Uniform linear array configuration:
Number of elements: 48
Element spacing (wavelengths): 0.25
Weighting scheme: hann
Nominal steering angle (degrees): -60
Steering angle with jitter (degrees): -61.833
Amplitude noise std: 0.05
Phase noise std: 0.05

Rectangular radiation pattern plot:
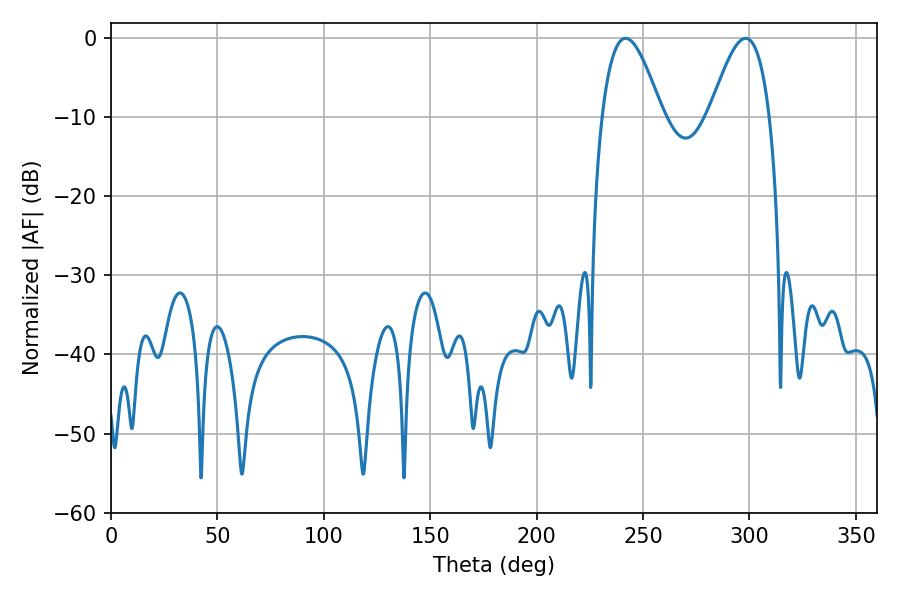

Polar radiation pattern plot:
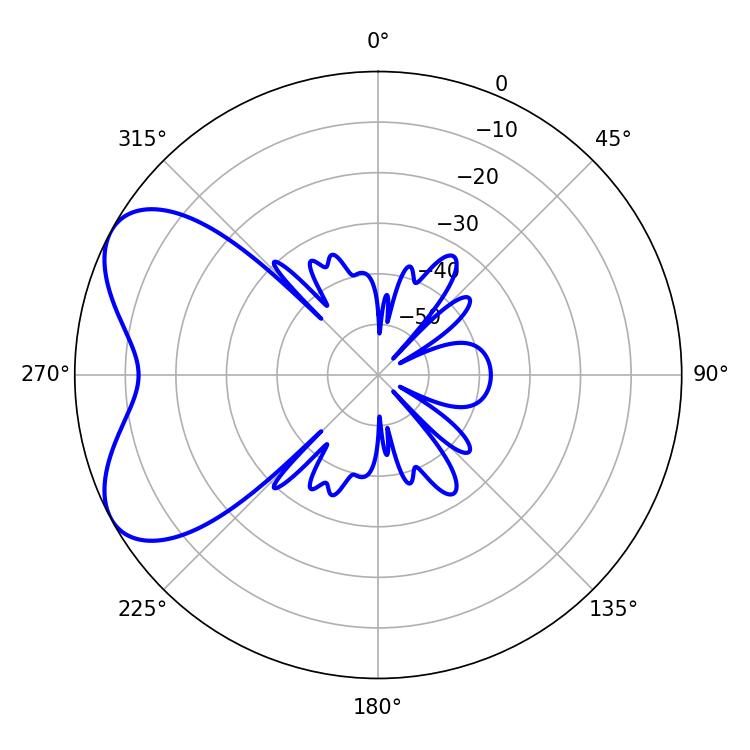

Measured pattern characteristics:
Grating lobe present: FALSE
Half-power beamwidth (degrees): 15.3
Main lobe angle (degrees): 241.74